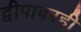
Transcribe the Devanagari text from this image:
द्वीपावरही